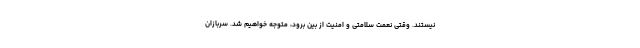
نیستند. وقتی نعمت سلامتی و امنیت از بین برود، متوجه خواهیم شد. سربازان